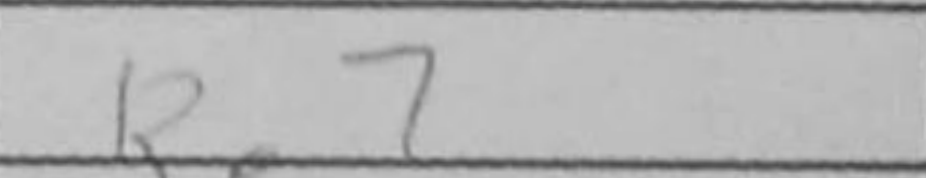
Transcription: Re7